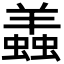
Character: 𧒃